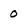
Character: 0